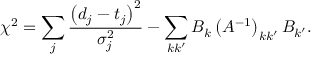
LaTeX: \chi ^ { 2 } = \sum _ { j } \frac { \left( d _ { j } - t _ { j } \right) ^ { 2 } } { \sigma _ { j } ^ { 2 } } - \sum _ { k k ^ { \prime } } B _ { k } \left( A ^ { - 1 } \right) _ { k k ^ { \prime } } B _ { k ^ { \prime } } .